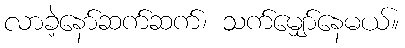
လာခဲ့နော်ဆက်ဆက်၊ သက်မျှော်နေမယ်။